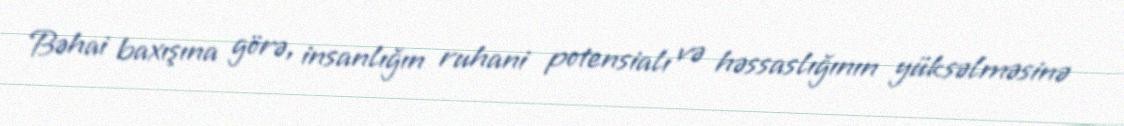
Bəhai baxışına görə, insanlığın ruhani potensialı və həssaslığının yüksəlməsinə